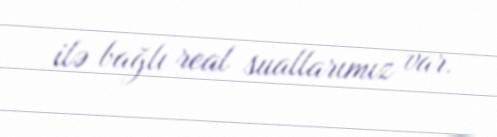
ilə bağlı real suallarımız var.